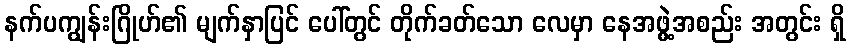
နက်ပကျွန်းဂြိုဟ်၏ မျက်နှာပြင် ပေါ်တွင် တိုက်ခတ်သော လေမှာ နေအဖွဲ့အစည်း အတွင်း ရှိ